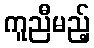
ကူညီမည့်